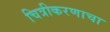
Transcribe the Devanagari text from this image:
चित्रीकरणाचा